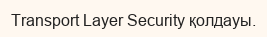
Transport Layer Security қолдауы.